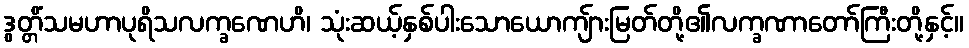
ဒွတ္တိံသမဟာပုရိသလက္ခဏေဟိ၊ သုံးဆယ့်နှစ်ပါးသောယောကျ်ားမြတ်တို့၏လက္ခဏာတော်ကြီးတို့နှင့်။